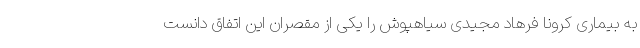
به بیماری کرونا فرهاد مجیدی سیاهپوش را یکی از مقصران این اتفاق دانست